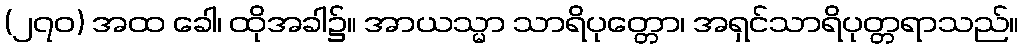
(၂၇၀) အထ ခေါ၊ ထိုအခါ၌။ အာယသ္မာ သာရိပုတ္တော၊ အရှင်သာရိပုတ္တရာသည်။